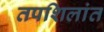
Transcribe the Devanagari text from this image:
तपशिलांत